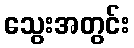
သွေးအတွင်း